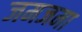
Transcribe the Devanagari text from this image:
जमजमा